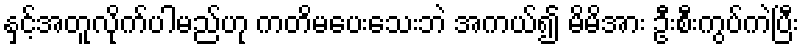
နှင့်အတူလိုက်ပါမည်ဟု ကတိမပေးသေးဘဲ အကယ်၍ မိမိအား ဦးစီးကွပ်ကဲပြီး